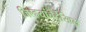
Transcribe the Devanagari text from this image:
जिल्हयांचेदेखिल